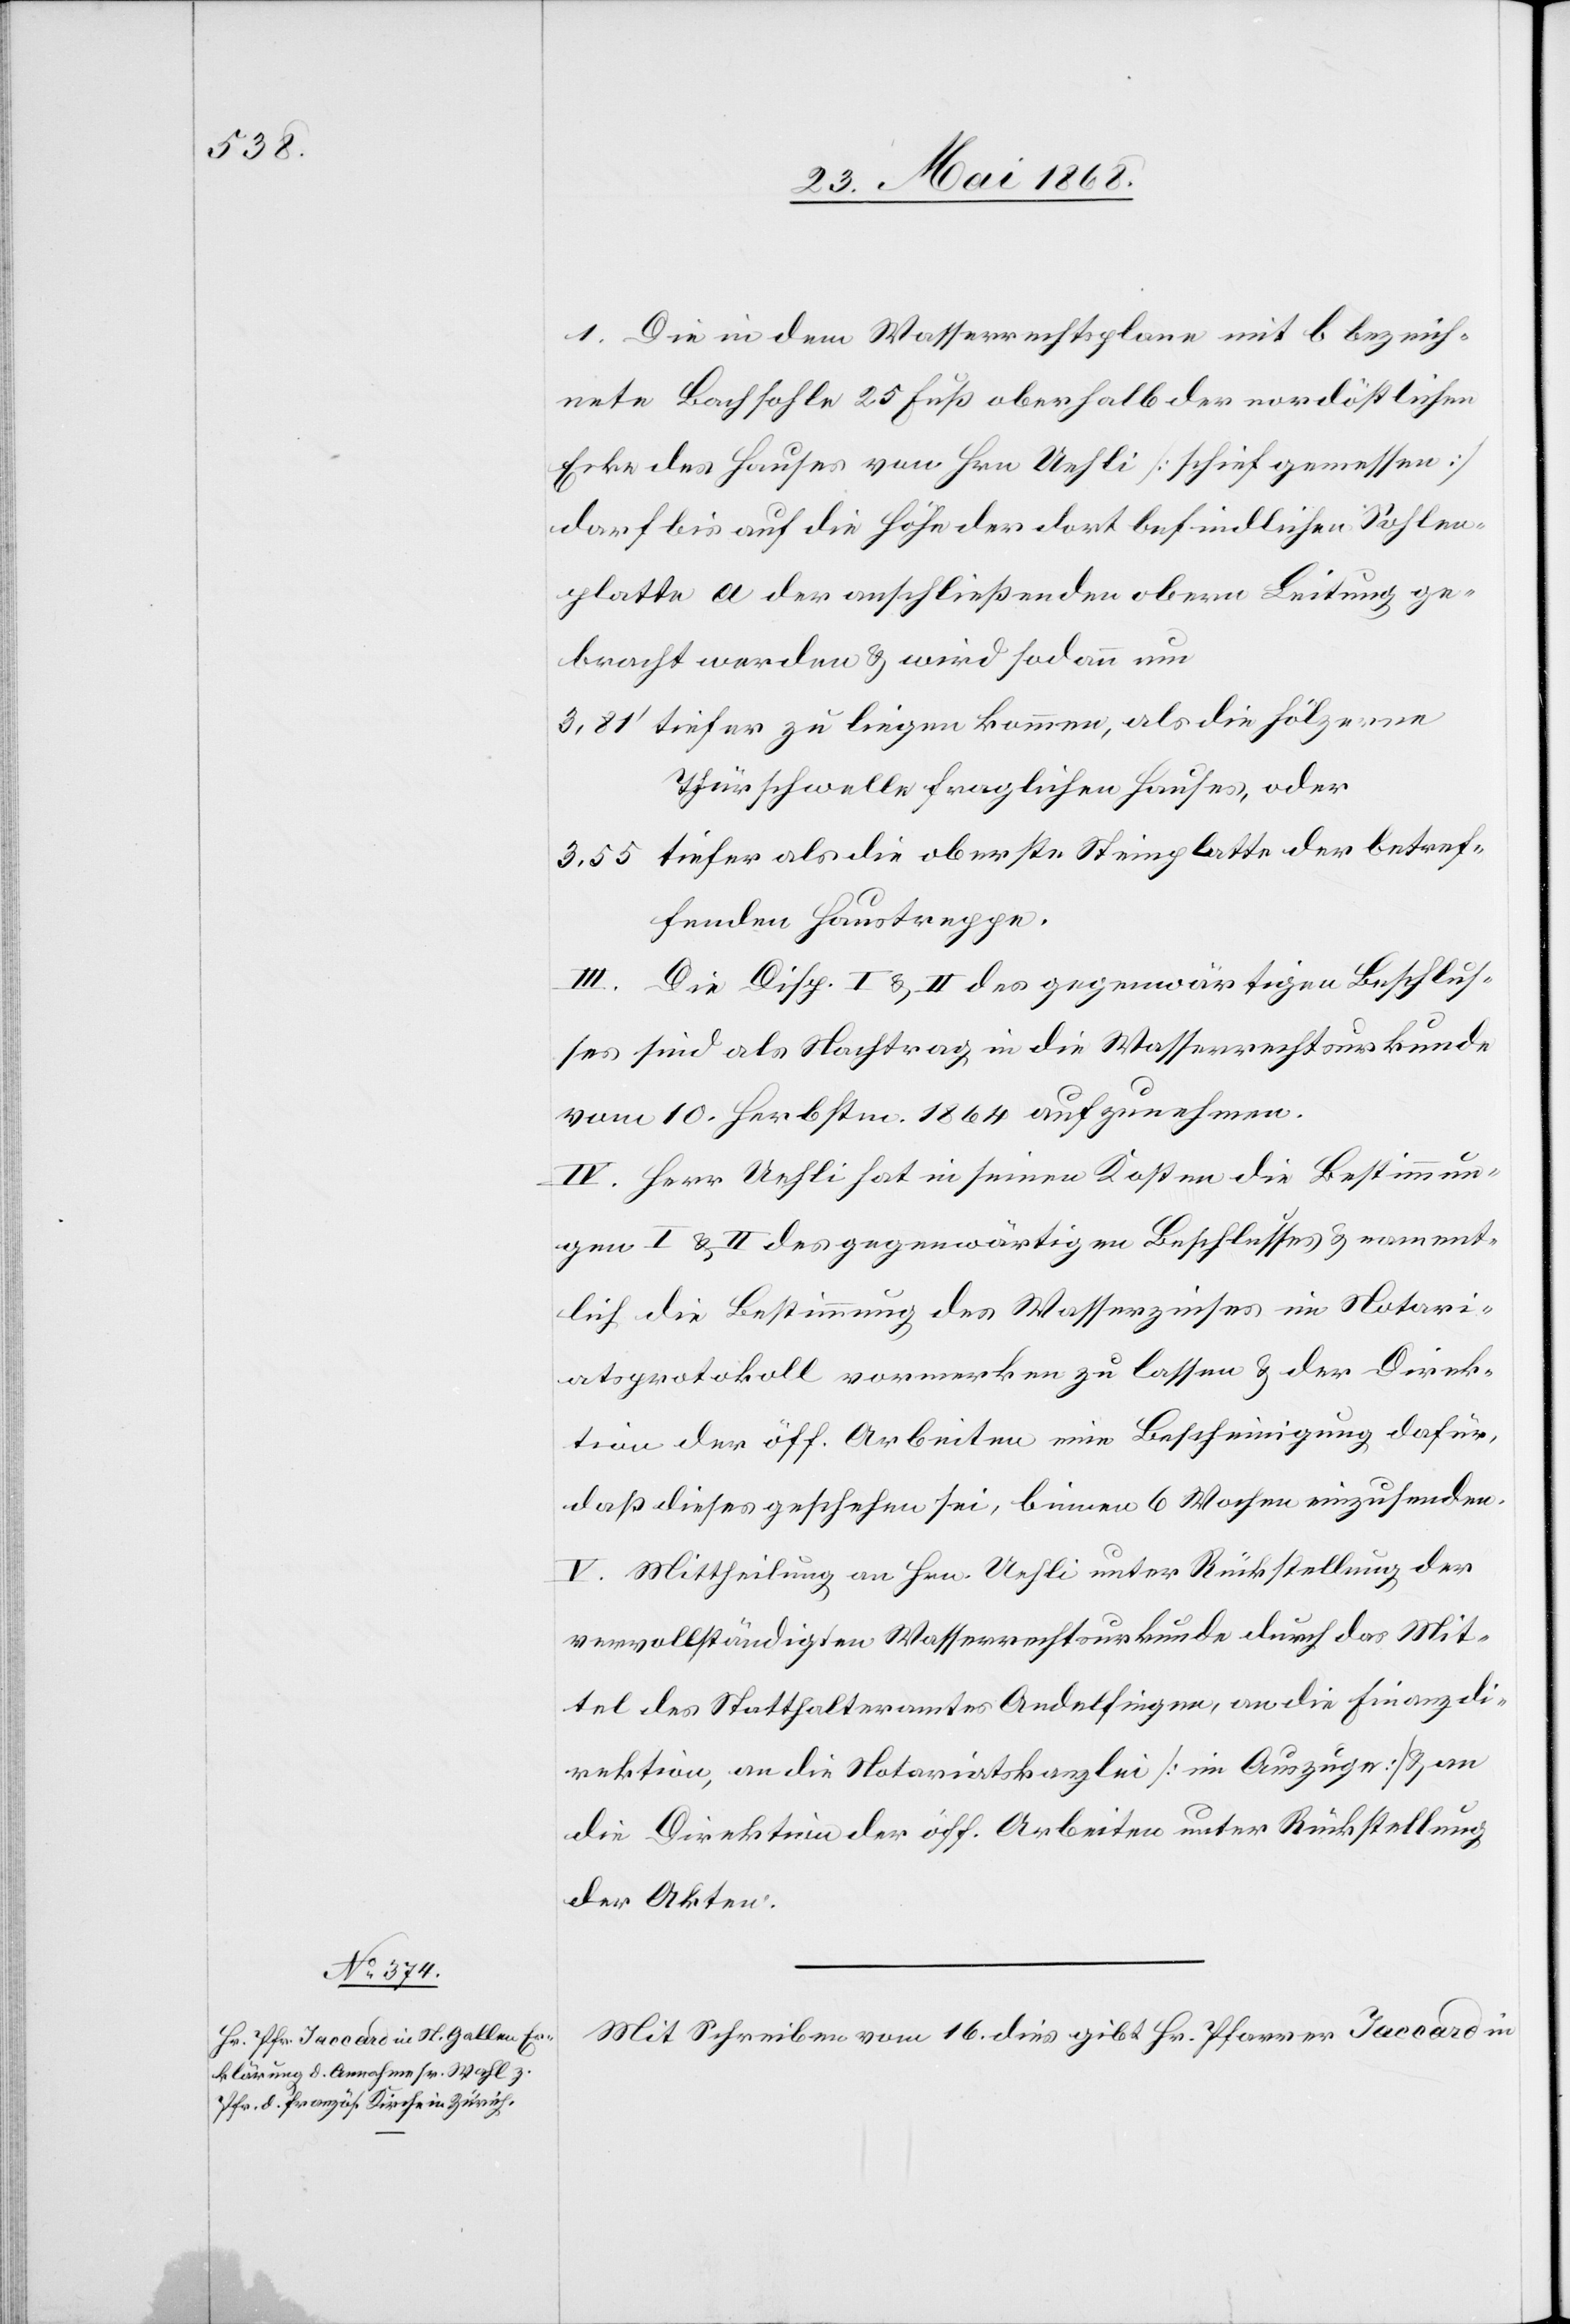
1. Die in dem Wasserrechtsplane mit b bezeich¬
nete Bachsohle 25 Fuß oberhalb der nordöstlichen
Ecke des Hauses von Hrn Uehli [schief gemessen]
darf bis auf die Höhe der dort befindlichen Sohlen¬
platte a der anschließenden obern Leitung ge¬
bracht werden & wird sodann um
tiefer zu liegen kommen, als die hölzerne
Thürschwelle fraglichen Hauses, oder
tiefer als die oberste Steinplatte der betref¬
fenden Haustreppe.
III. Die Disp. I & II des gegenwärtigen Beschlus¬
ses sind als Nachtrag in die Wasserrechtsurkunde
vom 10. Herbstm. 1864 aufzunehmen.
IV. Herr Uehli hat in seinen Kosten die Bestimmun¬
gen I & II des gegenwärtigen Beschlusses & nament¬
lich die Bestimmung des Wasserzinses im Notari¬
atsprotokoll vormerken zu lassen & der Direk¬
tion der öff. Arbeiten eine Bescheinigung dafür,
daß dieses geschehen sei, binnen 6 Wochen einzusenden.
V. Mittheilung an Hrn. Uehli unter Rückstellung der
vervollständigten Wasserrechtsurkunde durch das Mit¬
tel des Statthalteramtes Andelfingen, an die Finanzdi¬
rektion, an die Notariatskanzlei [im Auszuge] & an
die Direktion der öff. Arbeiten unter Rückstellung
der Akten.
Mit Schreiben vom 16. dies gibt Hr. Pfarrer Jaccard in